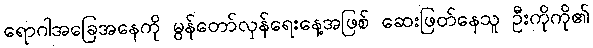
ရောဂါအခြေအနေကို မွန်တော်လှန်ရေးနေ့အဖြစ် ဆေးဖြတ်နေသူ ဦးကိုကို၏